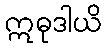
ဣဓုဒါယိ